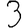
Digit: 3